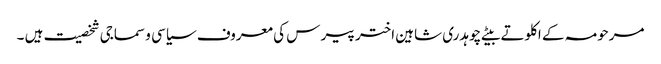
مرحومہ کے اکلوتے بیٹے چوہدری شاہین اختر پیر س کی معروف سیاسی و سماجی شخصیت ہیں ۔